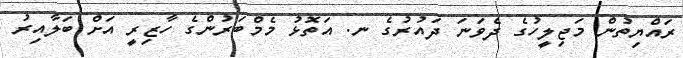
ރައްޔިތުން މަޖިލީހުގެ ދެވަނަ ދައުރުގެ ނ. އަތޮޅު މެމްބަރުންގެ ހާޒިރީ އަށް ބަލާއިރު